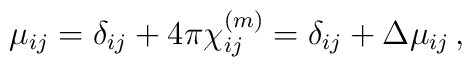
\mu_{ij}=\delta_{ij}+4\pi\chi^{(m)}_{ij}=\delta_{ij}+\Delta\mu_{ij}\,,